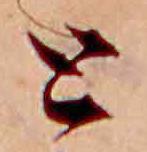
と